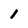
Character: l